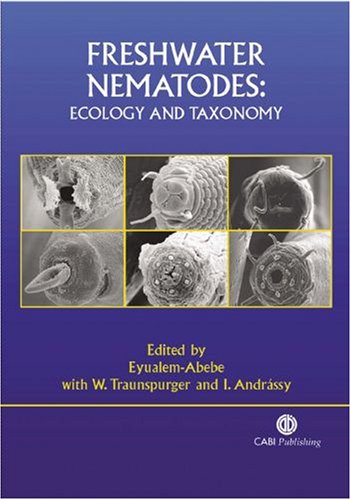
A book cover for Freshwater Nematodes: Ecology and Taxonomy (Cabi); Eyualem Abebe; Science & Math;